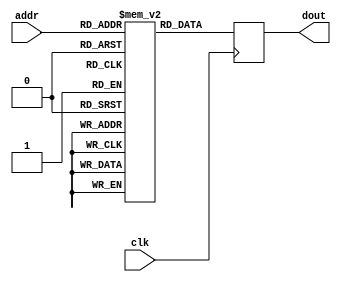
`ifndef K16ROM_V
`define K16ROM_V

module K16Rom (addr, clk, dout);// 512x16
  parameter addr_width = 9;
  parameter data_width = 16;
  input [addr_width-1:0] addr;
  input clk;
  output [data_width-1:0] dout;
  reg [data_width-1:0] dout; // Register for output.
  reg [data_width-1:0] rom [(1<<addr_width)-1:0];
  always @(posedge clk)
    begin
      dout <= rom[addr]; // Output register controlled by clock.
    end
  initial
    begin
    // .org 0xF000
    // ;------------------------------------------------------------------------------
    // ; Sleep
    // ; [in]  R0 = time to sleep [ms]
    // ;------------------------------------------------------------------------------
rom[0] = 16'h240c; // Sleep:         PSH R1
rom[1] = 16'h280c; //                PSH R2
rom[2] = 16'h2c0c; //                PSH R3
rom[3] = 16'h6857; //                LDL R2 25175.L
rom[4] = 16'h6962; //                LDH R2 25175.H
rom[5] = 16'hbc2f; //                JSR Multiply
rom[6] = 16'h6cfe; //                LDL R3 $IoCntrLo.L
rom[7] = 16'h6dff; //                LDH R3 $IoCntrLo.H
rom[8] = 16'hcd80; //                LD R3 [R3]
rom[9] = 16'h0930; //                ADD R2 R2 R3
rom[10] = 16'h6cfd; //                LDL R3 $IoCntrHi.L
rom[11] = 16'h6dff; //                LDH R3 $IoCntrHi.H
rom[12] = 16'hcd80; //                LD R3 [R3]
rom[13] = 16'h04b1; //                ADC R1 R1 R3
rom[14] = 16'h4796; //                BCC SleepLoop2
    //                ; Counter overflow.
    //                ; Store previous counter value (R4 R5)
rom[15] = 16'h300c; //                PSH R4
rom[16] = 16'h340c; //                PSH R5
rom[17] = 16'h6cfd; //                LDL R3 $IoCntrHi.L
rom[18] = 16'h6dff; //                LDH R3 $IoCntrHi.H
rom[19] = 16'hd180; //                LD R4 [R3]
rom[20] = 16'h6cfe; //                LDL R3 $IoCntrLo.L
rom[21] = 16'h6dff; //                LDH R3 $IoCntrLo.H
rom[22] = 16'hd580; //                LD R5 [R3]
rom[23] = 16'h6cfd; //                LDL R3 $IoCntrHi.L
rom[24] = 16'h6dff; //                LDH R3 $IoCntrHi.H
rom[25] = 16'hcd80; //                LD R3 [R3]
rom[26] = 16'h01ce; //                CMP R3 R4
rom[27] = 16'h4b82; //                BZS CheckLow1
rom[28] = 16'h4386; //                BCS SleepDone1
rom[29] = 16'h9ff9; //                JMP SleepLoop1
rom[30] = 16'h6cfe; // CheckLow1:     LDL R3 $IoCntrLo.L
rom[31] = 16'h6dff; //                LDH R3 $IoCntrLo.H
rom[32] = 16'hcd80; //                LD R3 [R3]
rom[33] = 16'h01de; //                CMP R3 R5
rom[34] = 16'h47f4; //                BCC SleepLoop1
    //
rom[35] = 16'h300d; // SleepDone1:    POP R4
rom[36] = 16'h340d; //                POP R5
    //
rom[37] = 16'h6cfd; //                LDL R3 $IoCntrHi.L
rom[38] = 16'h6dff; //                LDH R3 $IoCntrHi.H
rom[39] = 16'hcd80; //                LD R3 [R3]
rom[40] = 16'h00be; //                CMP R1 R3
rom[41] = 16'h4b82; //                BZS CheckLow2
rom[42] = 16'h4386; //                BCS SleepDone2
rom[43] = 16'h9ff9; //                JMP SleepLoop2
rom[44] = 16'h6cfe; // CheckLow2:     LDL R3 $IoCntrLo.L
rom[45] = 16'h6dff; //                LDH R3 $IoCntrLo.H
rom[46] = 16'hcd80; //                LD R3 [R3]
rom[47] = 16'h013e; //                CMP R2 R3
rom[48] = 16'h47f4; //                BCC SleepLoop2
rom[49] = 16'h2c0d; // SleepDone2:    POP R3
rom[50] = 16'h280d; //                POP R2
rom[51] = 16'h240d; //                POP R1
rom[52] = 16'h3c0d; //                RET
    //
    // ;------------------------------------------------------------------------------
    // ; Multiply  R0 * R2 -> R1 R2
    // ; [in]     R0 = operand1
    // ; [out]    R1 = result high
    // ; [in/out] R2 = operand2/result low
    // ;------------------------------------------------------------------------------
rom[53] = 16'h2c0c; // Multiply:         PSH R3
rom[54] = 16'h6600; //                   LDLZ R1 0
rom[55] = 16'h6e10; //                   LDLZ R3 16
rom[56] = 16'h2900; //                   SHR R2 R2
rom[57] = 16'h4781; // MultiplyBitLoop:  BCC NoAdd
rom[58] = 16'h0480; //                   ADD R1 R1 R0
rom[59] = 16'h2480; // NoAdd:            SHR R1 R1
rom[60] = 16'h2903; //                   ROR R2 R2
rom[61] = 16'h0d8f; //                   DEC R3 R3
rom[62] = 16'h4ffa; //                   BZC MultiplyBitLoop
rom[63] = 16'h2c0d; //                   POP R3
rom[64] = 16'h3c0d; //                   RET
    //
    // ;------------------------------------------------------------------------------
    // ; Divide R1 by R2 -> result in R1, remainder in R0
    // ; [out]    R0 = remainder
    // ; [in/out] R1 = divident/result
    // ; [in]     R2 = divisor
    // ;------------------------------------------------------------------------------
rom[65] = 16'h2c0c; // Divide:           PSH R3
rom[66] = 16'h6200; //                   LDLZ R0 0
rom[67] = 16'h6e10; //                   LDLZ R3 16
rom[68] = 16'h2481; //                   SHL R1 R1
rom[69] = 16'h2004; // DivideBitLoop:    ROL R0 R0
rom[70] = 16'h010e; //                   CMP R2 R0
rom[71] = 16'h4782; //                   BCC NoSub
rom[72] = 16'h0022; //                   SUB R0 R0 R2
rom[73] = 16'h2009; //                   SEC
rom[74] = 16'h2484; // NoSub:            ROL R1 R1
rom[75] = 16'h0d8f; //                   DEC R3 R3
rom[76] = 16'h4ff8; //                   BZC DivideBitLoop
rom[77] = 16'h2c0d; //                   POP R3
rom[78] = 16'h3c0d; //                   RET
    //
    // ;------------------------------------------------------------------------------
    // ; Fill screeen
    // ; [in] R0 = character
    // ; [in] R1 = color
    // ;------------------------------------------------------------------------------
rom[79] = 16'h280c; // FillScreen:    PSH R2
rom[80] = 16'h2c0c; //                PSH R3
rom[81] = 16'h300c; //                PSH R4
rom[82] = 16'h0809; //                LDL R2 R0 ; combine character and color
rom[83] = 16'h088a; //                LDH R2 R1
rom[84] = 16'h6f80; //                LDHZ R3 $FrameBuf.H ; Start address
rom[85] = 16'h70b0; //                LDL R4 (30 * 40).L  ; end address + 1
rom[86] = 16'h7104; //                LDH R4 (30 * 40).H
rom[87] = 16'h1230; //                ADD R4 R4 R3
rom[88] = 16'he980; // CharacterLoop: STO R2 [R3]
rom[89] = 16'h0d8c; //                INC R3 R3
rom[90] = 16'h01ce; //                CMP R3 R4
rom[91] = 16'h4ffc; //                BZC CharacterLoop
rom[92] = 16'h300d; //                POP R4
rom[93] = 16'h2c0d; //                POP R3
rom[94] = 16'h280d; //                POP R2
rom[95] = 16'h3c0d; //                RET
    //
    // ;------------------------------------------------------------------------------
    // ; Display the value of R2 in hexadecimal format at screen column R0, and row R1
    // ; [in]   R0 = column
    // ; [in]   R1 = row
    // ; [in]   R2 = reg
    // ;------------------------------------------------------------------------------
rom[96] = 16'h2c0c; // DisplayReg:    PSH R3
rom[97] = 16'h300c; //                PSH R4
rom[98] = 16'h340c; //                PSH R5
rom[99] = 16'hbc38; //                JSR GetCursorPos
rom[100] = 16'h720f; //                LDLZ R4 0x0F
rom[101] = 16'h090b; //                SWP R2 R2
rom[102] = 16'h0d09; //                LDL R3 R2
rom[103] = 16'h2d80; //                SHR R3 R3
rom[104] = 16'h2d80; //                SHR R3 R3
rom[105] = 16'h2d80; //                SHR R3 R3
rom[106] = 16'h2d80; //                SHR R3 R3
rom[107] = 16'h0dc4; //                AND R3 R3 R4
rom[108] = 16'hbc3c; //                JSR WriteHexDigit
rom[109] = 16'h0d09; //                LDL R3 R2
rom[110] = 16'h0dc4; //                AND R3 R3 R4
rom[111] = 16'hbc39; //                JSR WriteHexDigit
rom[112] = 16'h090b; //                SWP R2 R2
rom[113] = 16'h0d09; //                LDL R3 R2
rom[114] = 16'h2d80; //                SHR R3 R3
rom[115] = 16'h2d80; //                SHR R3 R3
rom[116] = 16'h2d80; //                SHR R3 R3
rom[117] = 16'h2d80; //                SHR R3 R3
rom[118] = 16'h0dc4; //                AND R3 R3 R4
rom[119] = 16'hbc31; //                JSR WriteHexDigit
rom[120] = 16'h0d09; //                LDL R3 R2
rom[121] = 16'h0dc4; //                AND R3 R3 R4
rom[122] = 16'hbc2e; //                JSR WriteHexDigit
rom[123] = 16'h340d; //                POP R5
rom[124] = 16'h300d; //                POP R4
rom[125] = 16'h2c0d; //                POP R3
rom[126] = 16'h3c0d; //                RET
    //
    // ;------------------------------------------------------------------------------
    // ; Write string at position R5 to screen
    // ; [in]   R0 = column
    // ; [in]   R1 = row
    // ; [in]   R2 = address of string
    // ;------------------------------------------------------------------------------
rom[127] = 16'h240c; // DisplayString:     PSH R1
rom[128] = 16'h280c; //                    PSH R2
rom[129] = 16'h2c0c; //                    PSH R3
rom[130] = 16'h300c; //                    PSH R4
rom[131] = 16'h340c; //                    PSH R5
rom[132] = 16'hbc17; //                    JSR GetCursorPos
rom[133] = 16'h7100; //                    LDH R4 0x00
rom[134] = 16'h653c; //                    LDH R1 $BgWhite | $Red; White background red text
rom[135] = 16'hcd00; // DisplayStringLoop: LD  R3 [R2]
rom[136] = 16'h0d8b; //                    SWP R3 R3
rom[137] = 16'h1189; //                    LDL R4 R3
rom[138] = 16'h4b8b; //                    BZS DisplayStringDone
rom[139] = 16'h0609; //                    LDL R1 R4
rom[140] = 16'he680; //                    STO R1 [R5]
rom[141] = 16'h168c; //                    INC R5 R5
rom[142] = 16'h0d8b; //                    SWP R3 R3
rom[143] = 16'h1189; //                    LDL R4 R3
rom[144] = 16'h4b85; //                    BZS DisplayStringDone
rom[145] = 16'h0609; //                    LDL R1 R4
rom[146] = 16'he680; //                    STO R1 [R5]
rom[147] = 16'h168c; //                    INC R5 R5
rom[148] = 16'h090c; //                    INC R2 R2;
rom[149] = 16'h9ff1; //                    JMP DisplayStringLoop
rom[150] = 16'h340d; // DisplayStringDone: POP R5
rom[151] = 16'h300d; //                    POP R4
rom[152] = 16'h2c0d; //                    POP R3
rom[153] = 16'h280d; //                    POP R2
rom[154] = 16'h240d; //                    POP R1
rom[155] = 16'h3c0d; //                    RET
    //
    // ;------------------------------------------------------------------------------
    // ; Get the address of screen column R0, row R1
    // ; [in]   R0 = column
    // ; [in]   R1 = row
    // ; [out]  R5 = position
    // ;------------------------------------------------------------------------------
rom[156] = 16'h2c0c; // GetCursorPos:  PSH R3
rom[157] = 16'h7780; //                LDHZ R5 $FrameBuf.H
rom[158] = 16'h0c88; //                LD R3  R1 ; Multiply row by 40
rom[159] = 16'h2d81; //                SHL R3 R3
rom[160] = 16'h2d81; //                SHL R3 R3
rom[161] = 16'h2d81; //                SHL R3 R3
rom[162] = 16'h16b0; //                ADD R5 R5 R3
rom[163] = 16'h2d81; //                SHL R3 R3
rom[164] = 16'h2d81; //                SHL R3 R3
rom[165] = 16'h16b0; //                ADD R5 R5 R3
rom[166] = 16'h1680; //                ADD R5 R5 R0 ; Add column
rom[167] = 16'h2c0d; //                POP R3
rom[168] = 16'h3c0d; //                RET
    //
    // ;------------------------------------------------------------------------------
    // ; Write hex digit R3 at position R5 to screen
    // ; [in]   R5 = pos
    // ; [in]   R3 = hex digit
    // ;------------------------------------------------------------------------------
rom[169] = 16'h300c; // WriteHexDigit: PSH R4
rom[170] = 16'h720a; //                LDLZ R4 10
rom[171] = 16'h01ce; //                CMP R3 R4
rom[172] = 16'h4783; //                BCC NotDecimal
rom[173] = 16'h7230; //                LDLZ R4 '0'
rom[174] = 16'h0dc0; //                ADD R3 R3 R4
rom[175] = 16'h9c02; //                JMP StoreDigit
rom[176] = 16'h7237; // NotDecimal:    LDLZ R4 'A' - 10
rom[177] = 16'h0dc0; //                ADD R3 R3 R4
rom[178] = 16'h6d3c; // StoreDigit:    LDH R3 $BgWhite | $Red; White background red text
rom[179] = 16'hee80; //                STO R3 [R5]
rom[180] = 16'h168c; //                INC R5 R5
rom[181] = 16'h300d; //                POP R4
rom[182] = 16'h3c0d; //                RET
    //
    // ;------------------------------------------------------------------------------
    // ; Draw horizontal line
    // ; [in] R0 = x
    // ; [in] R1 = y
    // ; [in] R2 = color
    // ; [in] R3 = length
    // ;------------------------------------------------------------------------------
rom[183] = 16'h200c; // DrawHline:     PSH R0
rom[184] = 16'h2c0c; //                PSH R3
rom[185] = 16'hbc0f; // DrawHlineLoop: JSR DrawPixel
rom[186] = 16'h000c; //                INC R0 R0
rom[187] = 16'h0d8f; //                DEC R3 R3
rom[188] = 16'h4ffc; //                BZC DrawHlineLoop
rom[189] = 16'h2c0d; //                POP R3
rom[190] = 16'h200d; //                POP R0
rom[191] = 16'h3c0d; //                RET
    //
    // ;------------------------------------------------------------------------------
    // ; Draw vertical line
    // ; [in] R0 = x
    // ; [in] R1 = y
    // ; [in] R2 = color
    // ; [in] R3 = length
    // ;------------------------------------------------------------------------------
rom[192] = 16'h240c; // DrawVline:     PSH R1
rom[193] = 16'h2c0c; //                PSH R3
rom[194] = 16'hbc06; // DrawVlineLoop: JSR DrawPixel
rom[195] = 16'h048c; //                INC R1 R1
rom[196] = 16'h0d8f; //                DEC R3 R3
rom[197] = 16'h4ffc; //                BZC DrawVlineLoop
rom[198] = 16'h2c0d; //                POP R3
rom[199] = 16'h240d; //                POP R1
rom[200] = 16'h3c0d; //                RET
    //
    // ;------------------------------------------------------------------------------
    // ; Draw pixel
    // ; [in] R0 = x
    // ; [in] R1 = y
    // ; [in] R2 = color
    // ;------------------------------------------------------------------------------
rom[201] = 16'h200c; // DrawPixel:     PSH R0
rom[202] = 16'h240c; //                PSH R1
rom[203] = 16'h280c; //                PSH R2
rom[204] = 16'h2c0c; //                PSH R3
rom[205] = 16'h300c; //                PSH R4
rom[206] = 16'h340c; //                PSH R5
    //
    //                ; Calculate color map address
rom[207] = 16'h6cfd; //                LDL R3 ColorMap.L
rom[208] = 16'h6df0; //                LDH R3 ColorMap.H
rom[209] = 16'h0930; //                ADD R2 R2 R3
rom[210] = 16'hc900; //                LD R2 [R2]
    //
rom[211] = 16'h6e00; //                LDLZ R3 0
rom[212] = 16'h2480; //                SHR R1 R1 ;
rom[213] = 16'h2d84; //                ROL R3 R3
rom[214] = 16'h2000; //                SHR R0 R0
rom[215] = 16'h2d84; //                ROL R3 R3
    //
rom[216] = 16'h7005; //                LDL R4 PixelMask.L
rom[217] = 16'h71f1; //                LDH R4 PixelMask.H
rom[218] = 16'h0dc0; //                ADD R3 R3 R4
rom[219] = 16'hcd80; //                LD R3 [R3]
rom[220] = 16'h0934; //                AND R2 R2 R3
rom[221] = 16'h0d87; //                NOT R3 R3
rom[222] = 16'hbfbd; //                JSR GetCursorPos
rom[223] = 16'hd280; //                LD R4 [R5]
rom[224] = 16'h1234; //                AND R4 R4 R3
rom[225] = 16'h1225; //                OR R4 R4 R2
rom[226] = 16'hf280; //                STO R4 [R5]
    //
rom[227] = 16'h340d; //                POP R5
rom[228] = 16'h300d; //                POP R4
rom[229] = 16'h2c0d; //                POP R3
rom[230] = 16'h280d; //                POP R2
rom[231] = 16'h240d; //                POP R1
rom[232] = 16'h200d; //                POP R0
rom[233] = 16'h3c0d; //                RET
    //
    // ;------------------------------------------------------------------------------
    // ; Fill pixel screen with a color
    // ; [in] R0 = color
    // ;------------------------------------------------------------------------------
rom[234] = 16'h280c; // FillPixelScreen: PSH R2
rom[235] = 16'h2c0c; //                  PSH R3
rom[236] = 16'h300c; //                  PSH R4
    //
    //                  ; Calculate color map address
rom[237] = 16'h68fd; //                  LDL R2 ColorMap.L
rom[238] = 16'h69f0; //                  LDH R2 ColorMap.H
rom[239] = 16'h0900; //                  ADD R2 R2 R0
    //
    //                  ; Load R2 with pixel block color
rom[240] = 16'hc900; //                  LD R2 [R2]
    //
rom[241] = 16'h6f80; //                  LDHZ R3 $FrameBuf.H ; Start address
rom[242] = 16'h70b0; //                  LDL R4 (30 * 40).L  ; end address + 1
rom[243] = 16'h7104; //                  LDH R4 (30 * 40).H
rom[244] = 16'h1230; //                  ADD R4 R4 R3
rom[245] = 16'he980; // PixelBlockLoop:  STO R2 [R3]
rom[246] = 16'h0d8c; //                  INC R3 R3
rom[247] = 16'h01ce; //                  CMP R3 R4
rom[248] = 16'h4ffc; //                  BZC PixelBlockLoop
rom[249] = 16'h300d; //                  POP R4
rom[250] = 16'h2c0d; //                  POP R3
rom[251] = 16'h280d; //                  POP R2
rom[252] = 16'h3c0d; //                  RET
    //
rom[253] = 16'h8000; // .data $Black   | ($Black << 3)   | ($Black << 6)   | ($Black << 9)   | 0x8000
rom[254] = 16'h8249; // .data $Blue    | ($Blue << 3)    | ($Blue << 6)    | ($Blue << 9)    | 0x8000
rom[255] = 16'h8492; // .data $Green   | ($Green << 3)   | ($Green << 6)   | ($Green << 9)   | 0x8000
rom[256] = 16'h86db; // .data $Cyan    | ($Cyan << 3)    | ($Cyan << 6)    | ($Cyan << 9)    | 0x8000
rom[257] = 16'h8924; // .data $Red     | ($Red << 3)     | ($Red << 6)     | ($Red << 9)     | 0x8000
rom[258] = 16'h8b6d; // .data $Magenta | ($Magenta << 3) | ($Magenta << 6) | ($Magenta << 9) | 0x8000
rom[259] = 16'h8db6; // .data $Yellow  | ($Yellow << 3)  | ($Yellow << 6)  | ($Yellow << 9)  | 0x8000
rom[260] = 16'h8fff; // .data $White   | ($White << 3)   | ($White << 6)   | ($White << 9)   | 0x8000
    //
rom[261] = 16'h8007; // .data 0x0007      | 0x8000
rom[262] = 16'h8038; // .data 0x0007 << 3 | 0x8000
rom[263] = 16'h81c0; // .data 0x0007 << 6 | 0x8000
rom[264] = 16'h8e00; // .data 0x0007 << 9 | 0x8000
    end
endmodule

`endif